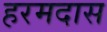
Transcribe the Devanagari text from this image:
हरमदास